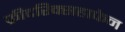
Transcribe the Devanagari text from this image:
फ्रीदरिक्सहाफेन